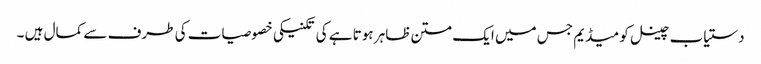
دستیاب چینل کو میڈیم جس میں ایک متن ظاہر ہوتا ہے کی تکنیکی خصوصیات کی طرف سے کمال ہیں ۔